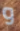
و